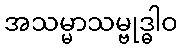
အသမ္မာသမ္ဗုဒ္ဓါဝ